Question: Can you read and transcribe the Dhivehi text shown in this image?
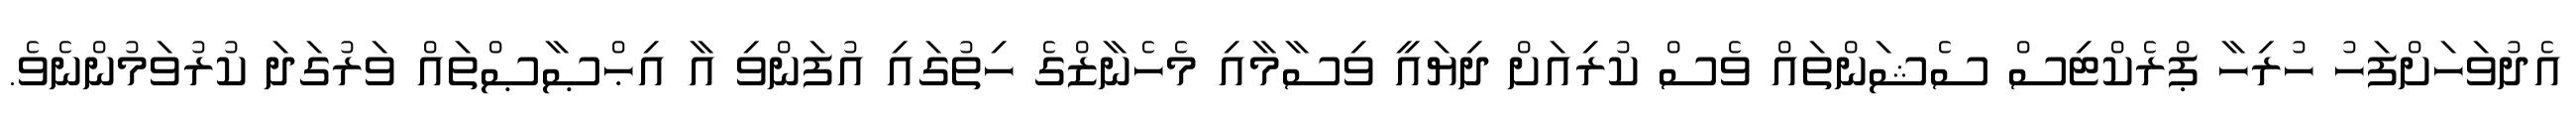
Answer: އެދުވަހަށްފަހު ހުރިހާ ޕްރެކްޓިސް ސެޝަންތައް ވެސް ކުރިއަށް ދިޔައީ ވިސާމާއި މެހެނާޒްގެ ހިތުގައި އުފަންވި އާ އިޙްޞާޞްތައް ވަރުގަދަ ކުރުވަމުންނެވެ.